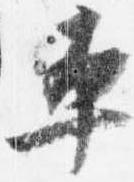
平